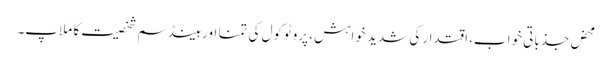
محض جذباتی خواب، اقتدار کی شدید خواہش، پروٹوکول کی تمنا اور ہینڈسم شخصیت کا ملاپ۔